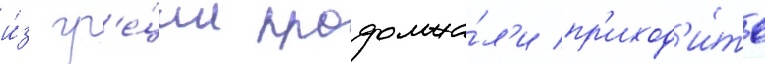
и́з гр'е́ции продолжа́л'и пр'иход'и́ть